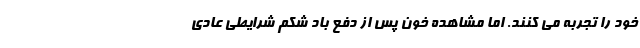
خود را تجربه می کنند. اما مشاهده خون پس از دفع باد شکم شرایطی عادی